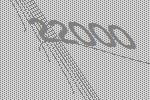
22000